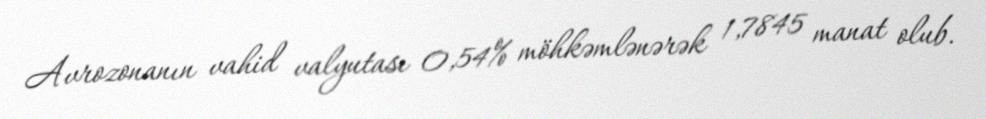
Avrozonanın vahid valyutası 0,54% möhkəmlənərək 1,7845 manat olub.